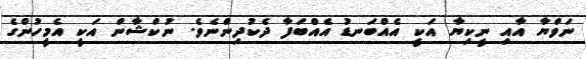
ނަވްޔާ އާއި ނީކިޔާ އަކީ އެއްބަނޑު އެއްބަފާ ދެކުދިންނެވެ. ނުކްޝާން އަކީ އެމީހުންގެ